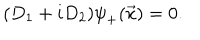
( D _ { 1 } + i D _ { 2 } ) { \psi } _ { + } ( \vec { x } ) = 0 .